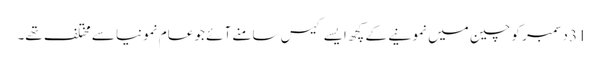
31 دسمبر کو چین میں نمونیے کے کچھ ایسے کیس سامنے آئے جو عام نمونیا سے مختلف تھے۔